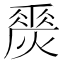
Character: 𤏀